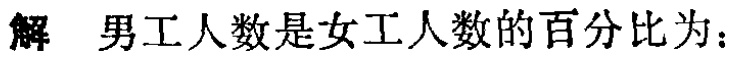
解 男工人数是女工人数的百分比为：